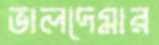
ভালদেমার